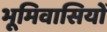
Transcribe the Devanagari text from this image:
भूमिवासियों